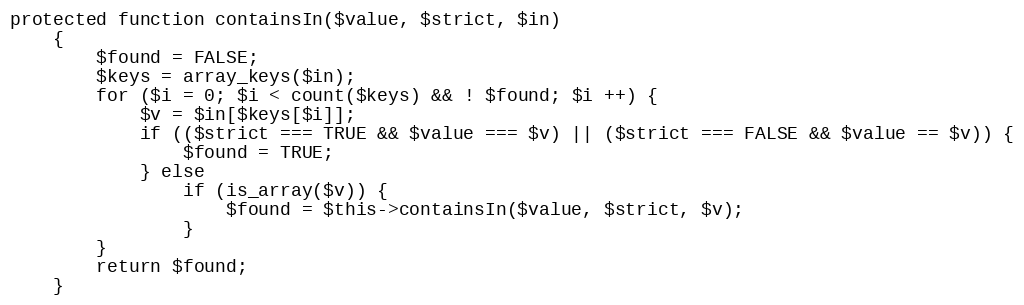
Language: PHP
protected function containsIn($value, $strict, $in)
    {
        $found = FALSE;
        $keys = array_keys($in);
        for ($i = 0; $i < count($keys) && ! $found; $i ++) {
            $v = $in[$keys[$i]];
            if (($strict === TRUE && $value === $v) || ($strict === FALSE && $value == $v)) {
                $found = TRUE;
            } else
                if (is_array($v)) {
                    $found = $this->containsIn($value, $strict, $v);
                }
        }
        return $found;
    }